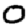
Digit: 0